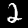
Digit: 2